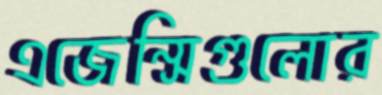
এজেন্সিগুলোর